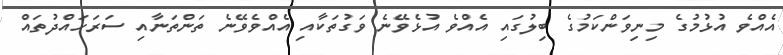
އެއްވެ އުޅުމުގެ މިނިވަންކަމުގެ ބިލުގައި އެއްވެ އުޅެވޭނެ ވަގުތަކާއި އެއްވެވޭނެ ތަންތަނާއި ސަރަހައްދުތައް